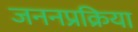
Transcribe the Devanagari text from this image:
जननप्रक्रिया